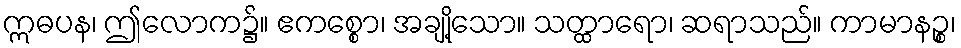
ဣဓပန၊ ဤလောက၌။ ဧကစ္စော၊ အချို့သော။ သတ္ထာရော၊ ဆရာသည်။ ကာမာနဉ္စ၊